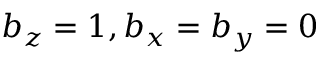
b _ { z } = 1 , b _ { x } = b _ { y } = 0